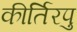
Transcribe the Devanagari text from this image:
कीर्तिरपु